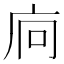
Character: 𢇺